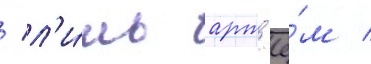
/ л'и́шь арт'ё́м /